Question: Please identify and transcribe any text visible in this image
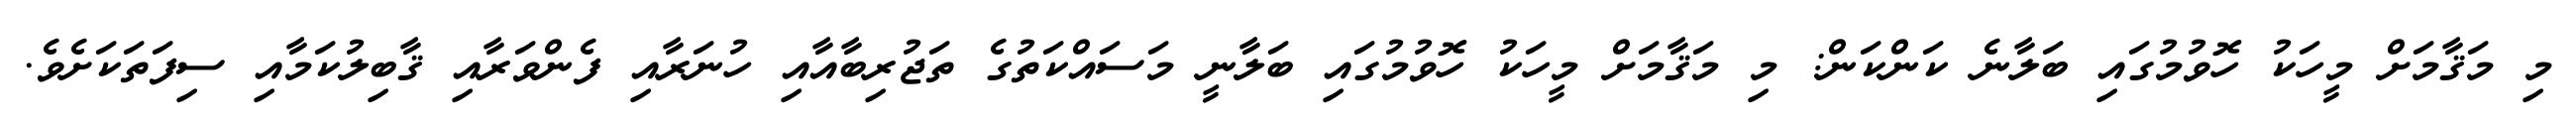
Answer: މި މަޤާމަށް މީހަކު ހޮވުމުގައި ބަލާނެ ކަންކަން: މި މަޤާމަށް މީހަކު ހޮވުމުގައި ބަލާނީ މަސައްކަތުގެ ތަޖުރިބާއާއި ހުނަރާއި ފެންވަރާއި ޤާބިލުކަމާއި ސިފަތަކަށެވެ.